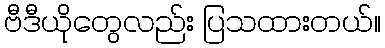
ဗီဒီယိုတွေလည်း ပြသထားတယ်။